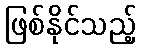
ဖြစ်နိုင်သည့်